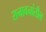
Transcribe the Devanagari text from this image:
रानावनांतील